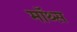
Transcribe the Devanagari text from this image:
मॉथ्स